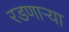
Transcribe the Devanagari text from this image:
रडणार्‍या